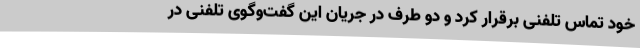
خود تماس تلفنی برقرار کرد و دو طرف در جریان این گفت‌وگوی تلفنی در